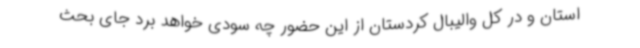
استان و در کل والیبال کردستان از این حضور چه سودی خواهد برد جای بحث